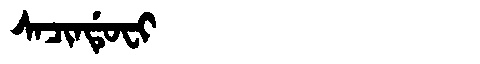
Manchu: ᠰᠠᠴᡳᠨᡩᡠᠸᡳ
Romanization: SACINDUFI